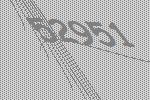
52951